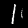
Digit: 1